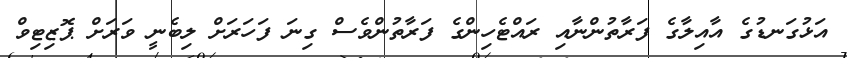
އަޅުގަނޑުގެ އާއިލާގެ ފަރާތުންނާއި ރައްޓެހިންގެ ފަރާތުންވެސް ގިނަ ފަހަރަށް ލިބެނީ ވަރަށް ޕޮޒިޓިވް